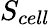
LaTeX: S_{cell}